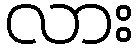
လား